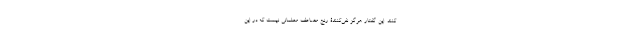
‌کنند. این گفتار هرگز نفی‌کنندۀ رنج مضاعف معلمانی نیست که در این